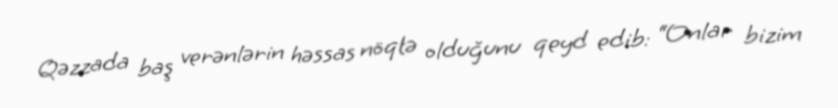
Qəzzada baş verənlərin həssas nöqtə olduğunu qeyd edib: “Onlar bizim